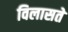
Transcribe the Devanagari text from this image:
विलासते